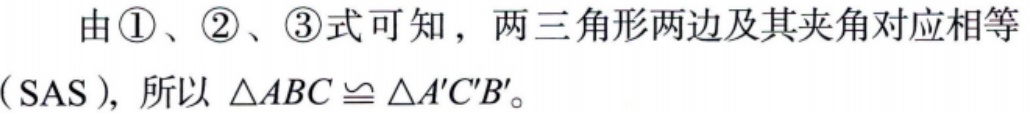
由\textcircled{1}、\textcircled{2}、\textcircled{3}式可知，两三角形两边及其夹角对应相等（SAS），所以 \(\triangle ABC\cong\triangle A'C'B'\)。